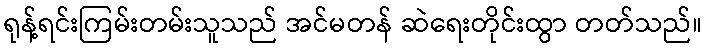
ရုန့်ရင်းကြမ်းတမ်းသူသည် အင်မတန် ဆဲရေးတိုင်းထွာ တတ်သည်။